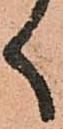
く